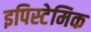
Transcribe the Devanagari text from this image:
इपिस्टेमिक